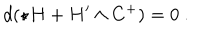
d ( \star H + H ^ { \prime } \wedge C ^ { + } ) = 0 \ .